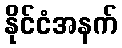
နိုင်ငံအနက်